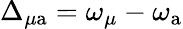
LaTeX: \Delta_{\mu\mathrm{a}}=\omega_{\mu}-\omega_{\mathrm{a}}